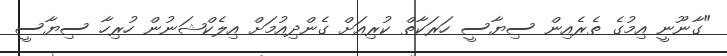
"ގާނޫނީ އިމުގެ ތެރެއިން ސިޔާސީ ހަރަކާތް ކުރިއަށް ގެންދިއުމަށް އިލެކްޝަނުން ހުރިހާ ސިޔާސީ